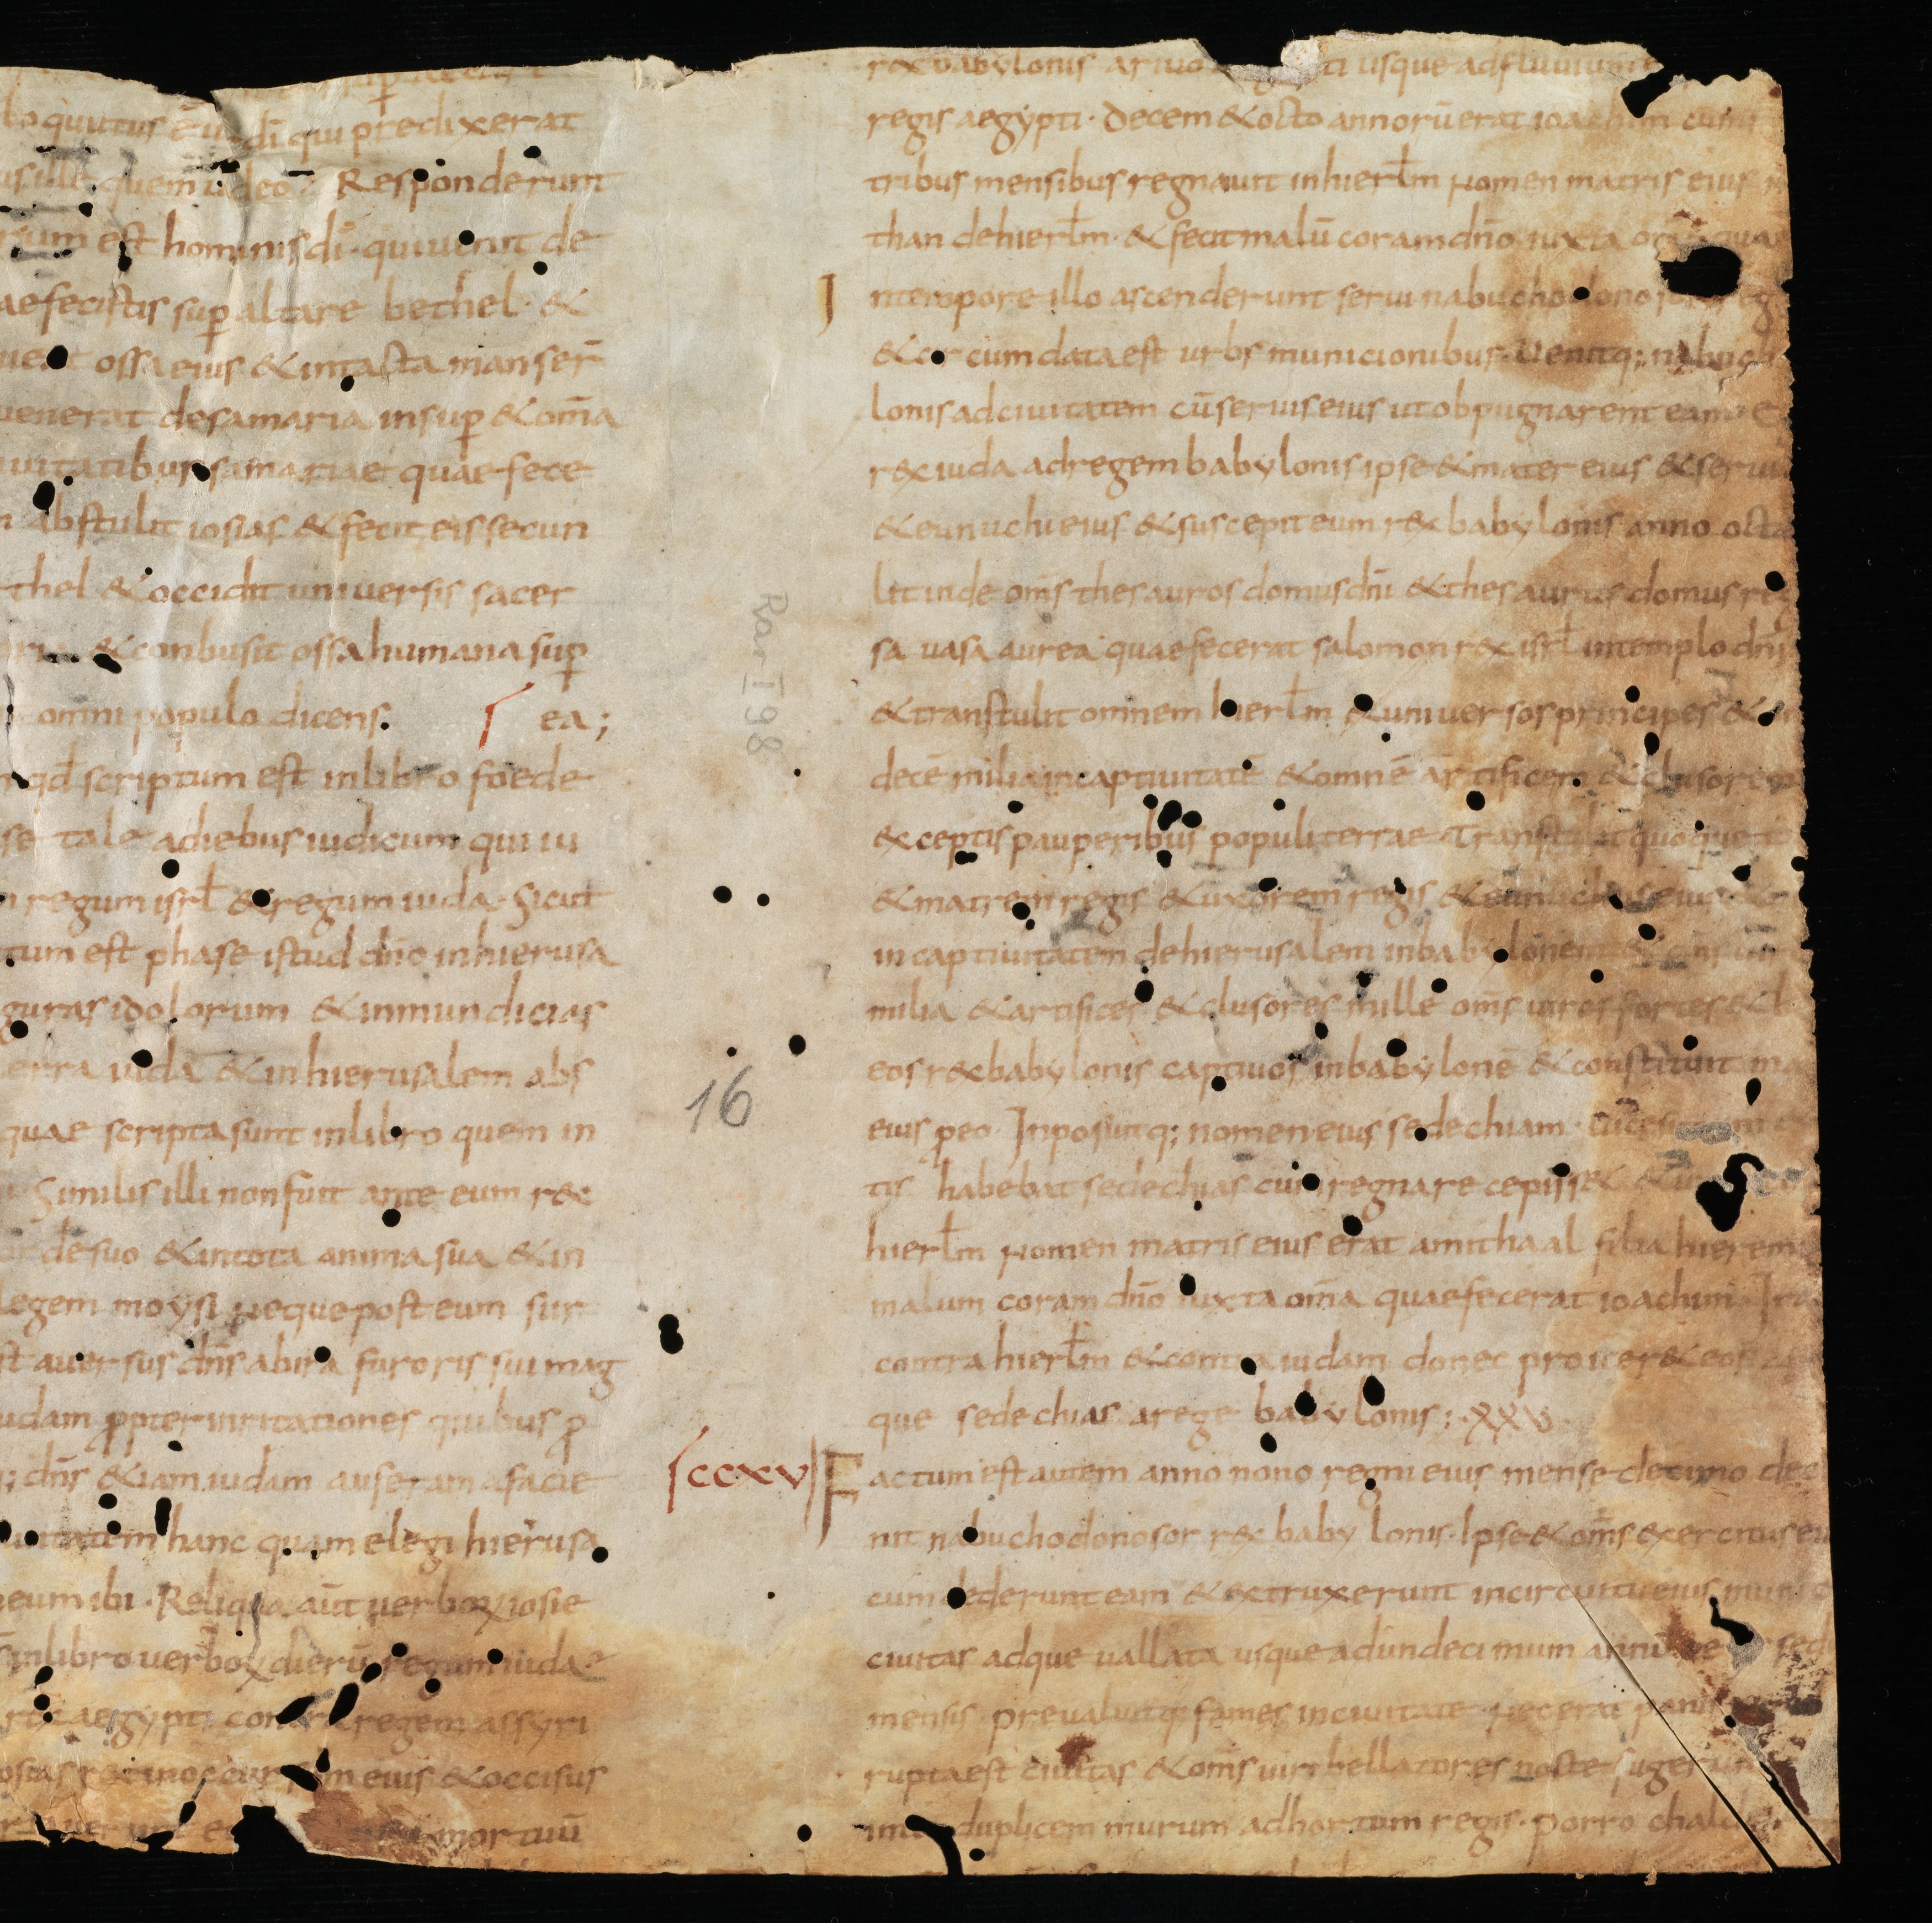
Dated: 835–865